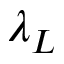
\lambda _ { L }